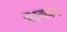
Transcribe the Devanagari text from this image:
जड़वाकर